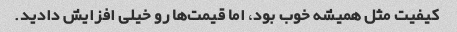
کیفیت مثل همیشه خوب بود، اما قیمت‌ها رو خیلی افزایش دادید.